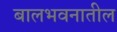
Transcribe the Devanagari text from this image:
बालभवनातील